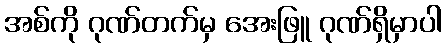
အစ်ကို ဂုဏ်တက်မှ အေးဖြူ ဂုဏ်ရှိမှာပါ